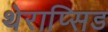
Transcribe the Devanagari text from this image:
थेराप्सिड